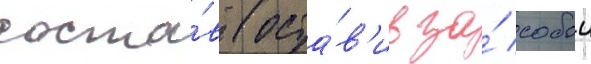
соста́в (оста́в'ив за́ собои